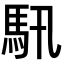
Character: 𩡰